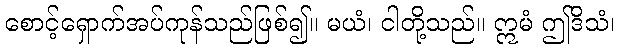
စောင့်ရှောက်အပ်ကုန်သည်ဖြစ်၍။ မယံ၊ ငါတို့သည်။ ဣမံ ဤဒိသံ၊